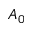
A _ { 0 }